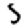
Digit: 5